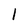
Character: l